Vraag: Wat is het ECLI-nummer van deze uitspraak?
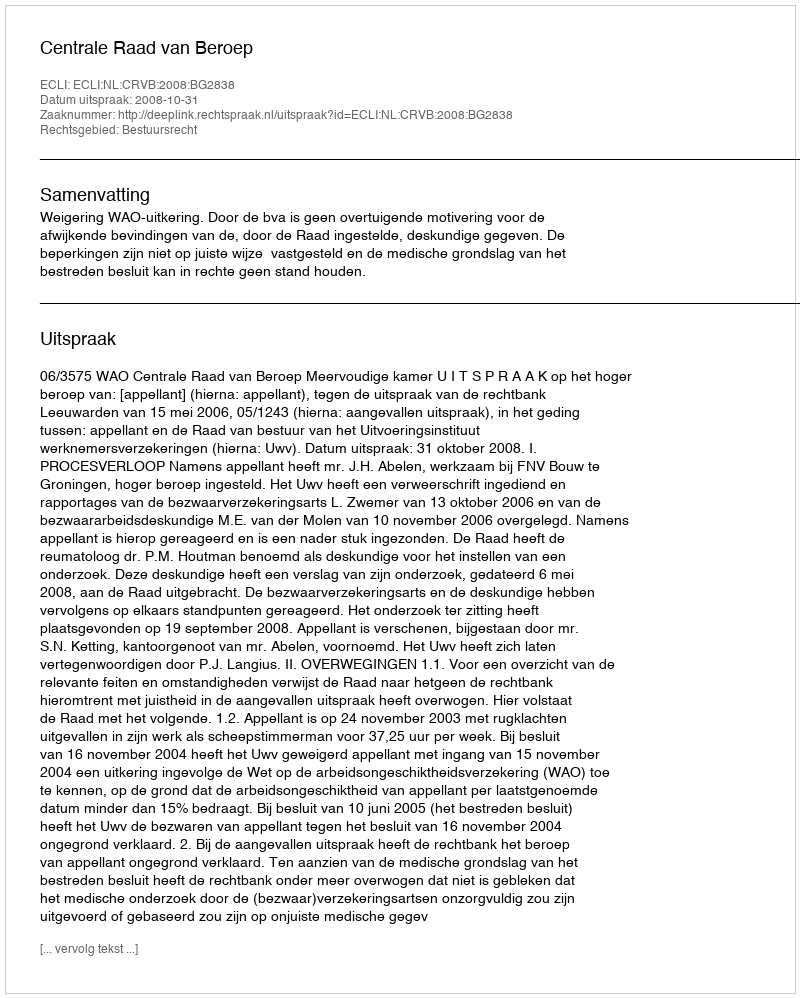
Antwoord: ECLI:NL:CRVB:2008:BG2838